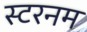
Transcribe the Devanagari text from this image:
स्टरनम